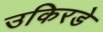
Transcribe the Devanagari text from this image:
उकिरडे